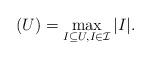
LaTeX: \begin{align*}(U) = \max_{I \subseteq U, I \in \mathcal{I}} |I|.\end{align*}